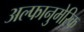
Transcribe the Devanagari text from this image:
अल्फानुमेरिक